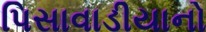
પિસાવાડીયાનો